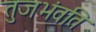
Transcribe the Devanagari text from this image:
तुजभंवति